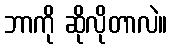
ဘာကို ဆိုလိုတာလဲ။